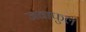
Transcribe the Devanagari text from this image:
जवाफुल